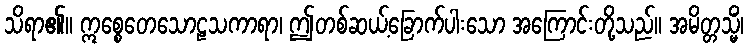
သိရာ၏။ ဣစ္စေတေသောဠသကာရာ၊ ဤတစ်ဆယ့်ခြောက်ပါးသော အကြောင်းတို့သည်။ အမိတ္တသ္မိံ၊